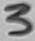
Text: 3